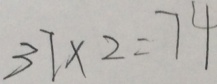
3 7 \times 2 = 7 4